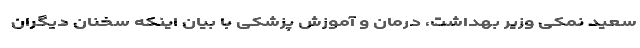
سعید نمکی وزیر بهداشت، درمان و آموزش پزشکی با بیان اینکه سخنان دیگران